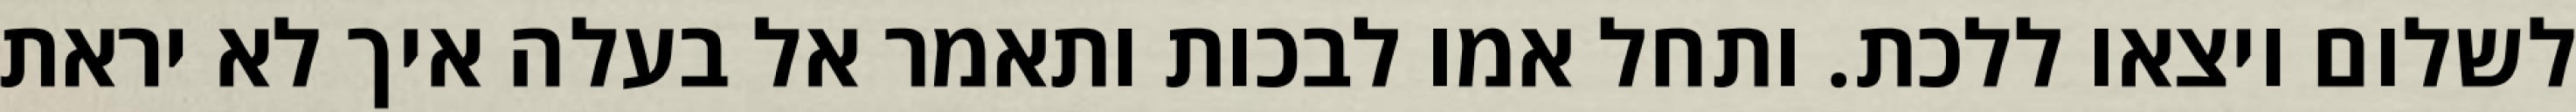
לשלום ויצאו ללכת. ותחל אמו לבכות ותאמר אל בעלה איך לא יראת